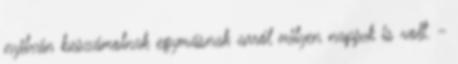
nyilván beszámolnak egymásnak arról milyen napjuk is volt. -